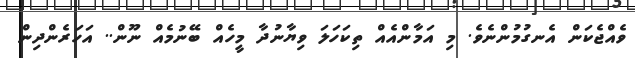
ވެއްޖެކަން އެނގުމުންނެވެ. މި އަމާންއެއް ތިކަހަލަ ވިޔާނުދާ މީހެއް ބޭނުމެއް ނޫން.. އަހަރެންދިން